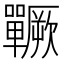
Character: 𱕵